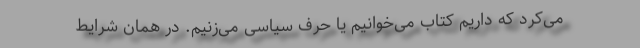
می‌کرد كه داریم كتاب می‌خوانیم یا حرف سیاسی می‌زنیم. در همان شرایط